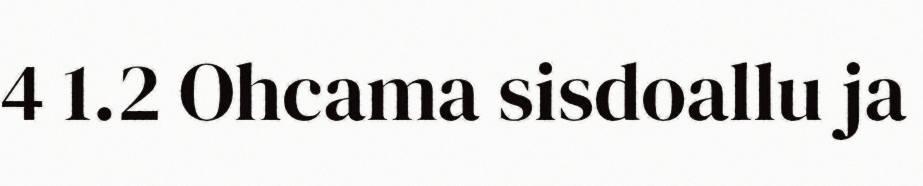
4 1.2 Ohcama sisdoallu ja